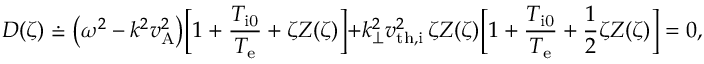
D ( \zeta ) \doteq \bigl ( \omega ^ { 2 } - k ^ { 2 } v _ { \mathrm { A } } ^ { 2 } \bigr ) \biggl [ 1 + \frac { T _ { \mathrm { i 0 } } } { T _ { \mathrm { e } } } + \zeta Z ( \zeta ) \biggl ] + k _ { \perp } ^ { 2 } v _ { \mathrm { t h , i } } ^ { 2 } \, \zeta Z ( \zeta ) \biggl [ 1 + \frac { T _ { \mathrm { i 0 } } } { T _ { \mathrm { e } } } + \frac { 1 } { 2 } \zeta Z ( \zeta ) \biggr ] = 0 ,